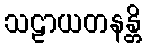
သဠာယတနန္တိ